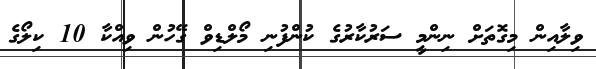
ވިލާއިން މިގޮތަށް ނިންމީ ސަރުކާރުގެ ކުންފުނި މޯލްޑިވް ގޭހުން ވިއްކާ 10 ކިލޯގެ